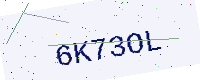
Text: 6K73OL